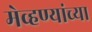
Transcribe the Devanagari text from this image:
मेव्हण्यांच्या